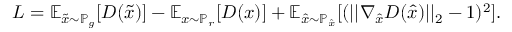
L = \mathbb { E } _ { { \tilde { x } } \sim \mathbb { P } _ { g } } [ D ( { \tilde { x } } ) ] - \mathbb { E } _ { { x } \sim \mathbb { P } _ { r } } [ D ( { x } ) ] + \mathbb { E } _ { { \hat { x } } \sim \mathbb { P } _ { \hat { x } } } [ ( | | \nabla _ { \hat { x } } D ( { \hat { x } } ) | | _ { 2 } - 1 ) ^ { 2 } ] .